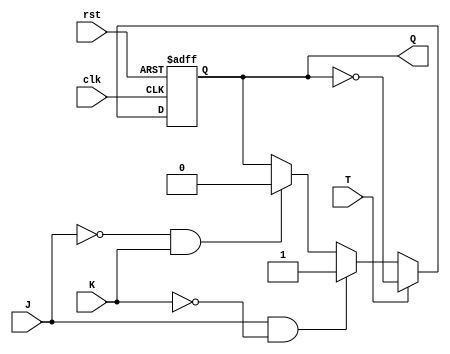
module tff_jk (
    input wire clk,
    input wire rst,
    input wire J,
    input wire K,
    input wire T,
    output reg Q
);

reg Q_bar;

always @(posedge clk or posedge rst) begin
    if (rst) begin
        Q <= 1'b0;
        Q_bar <= 1'b1;
    end else begin
        if (T) begin
            Q <= ~Q;
            Q_bar <= Q;
        end else begin
            if (J & ~K) begin
                Q <= 1'b1;
                Q_bar <= 1'b0;
            end else if (~J & K) begin
                Q <= 1'b0;
                Q_bar <= 1'b1;
            end else begin
                Q <= Q;
                Q_bar <= ~Q;
            end
        end
    end
end

endmodule